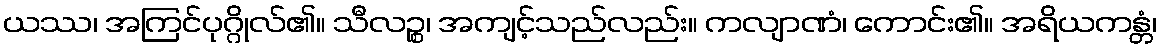
ယဿ၊ အကြင်ပုဂ္ဂိုလ်၏။ သီလဉ္စ၊ အကျင့်သည်လည်း။ ကလျာဏံ၊ ကောင်း၏။ အရိယကန္တံ၊